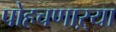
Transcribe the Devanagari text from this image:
पोहचणाऱ्या